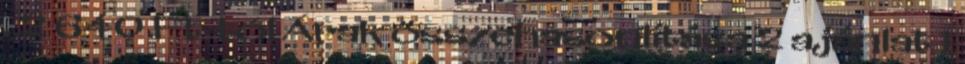
. 2 640 Ft-tól Árak összehasonlítása 2 ajánlat 1